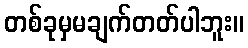
တစ်ခုမှမချက်တတ်ပါဘူး။